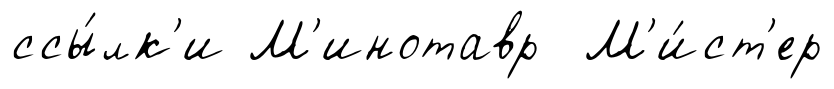
ссы́лк'и М'инотавр М'и́ст'ер